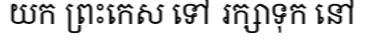
យក ព្រះកេស ទៅ រក្សាទុក នៅ